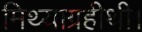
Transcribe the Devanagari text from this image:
मिथ्याग्रहीथी।